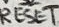
Text: RESET